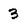
Character: 3